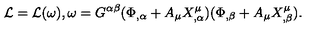
{ \cal L } = { \cal L } ( \omega ) , \omega = G ^ { \alpha \beta } ( \Phi _ { , \alpha } + A _ { \mu } X _ { , \alpha } ^ { \mu } ) ( \Phi _ { , \beta } + A _ { \mu } X _ { , \beta } ^ { \mu } ) .